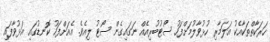
ހަރަކާތްތަކާއެކު އަލަމާރި ހުޅުވާލުމަށްފަހު ސޯޓުބުރިއެއް ނަގައިގެން ސޯޓު ލިއެވެ. އެއަށްފަހު ކޮނޑުގައި އަޅުވާފައި